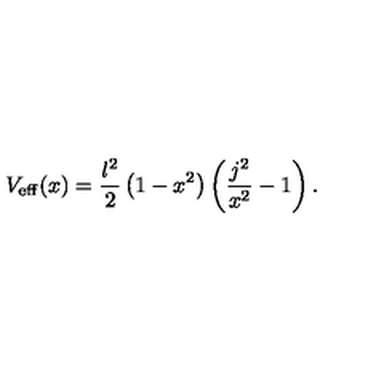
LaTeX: V _ { \mathrm { e f f } } ( x ) = \frac { l ^ { 2 } } { 2 } \left( 1 - x ^ { 2 } \right) \left( \frac { j ^ { 2 } } { x ^ { 2 } } - 1 \right) .